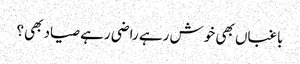
باغباں بھی خوش رہے راضی رہے صیاد بھی؟